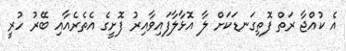
އެ ކުއްޖާ ރަތް ފޮތިގަނޑަކަށް ލާ އޮޅާލާފައިވާއިރު ފޮށީގެ އެތެރެއާއި ބޭރު ހުރީ